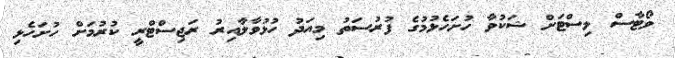
ވޯޓާސް ލިސްޓަށް ޝަކުވާ ހުށަހެޅުމުގެ ފުރުސަތު މިއަދު ހުޅުވާލާއިރު ރަޖިސްޓްރީ ކުރުމަށް ހުށަހެޅި